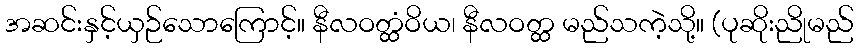
အဆင်းနှင့်ယှဉ်သောကြောင့်။ နီလဝတ္ထံဝိယ၊ နီလဝတ္ထ မည်သကဲ့သို့။ (ပုဆိုးညိုမည်